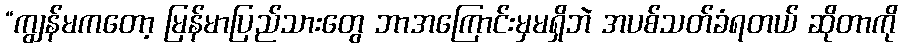
“ကျွန်မကတော့ မြန်မာပြည်သားတွေ ဘာအကြောင်းမှမရှိဘဲ အပစ်သတ်ခံရတယ် ဆိုတာကို